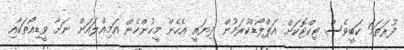
ފުރަތަމަ ކަބީވެސް ޓިކްޓޮކަށް އަޕްލޯޑްކުރަމުން ދިޔައީ އެހެން މީހުންހެން އަމިއްލައަށް ނަށާ ވީޑިއޯތަކާއި